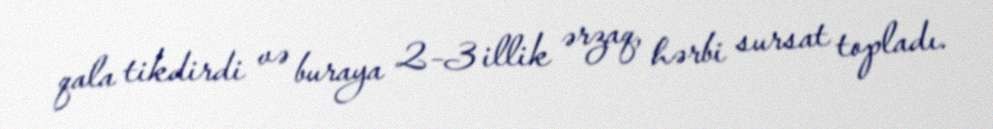
qala tikdirdi və buraya 2–3 illik ərzaq, hərbi sursat topladı.